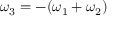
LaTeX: \omega _ { 3 } = - ( \omega _ { 1 } + \omega _ { 2 } )